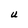
Character: U